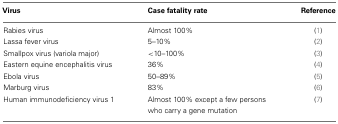
<table><thead><tr><td><b>Virus</b></td><td><b>Case fatality rate</b></td><td><b>Reference</b></td></tr></thead><tbody><tr><td>Rabies virus</td><td>Almost 100%</td><td>(1)</td></tr><tr><td>Lassa fever virus</td><td>5–10%</td><td>(2)</td></tr><tr><td>Smallpox virus (variola major)</td><td>&lt;10–100%</td><td>(3)</td></tr><tr><td>Eastern equine encephalitis virus</td><td>36%</td><td>(4)</td></tr><tr><td>Ebola virus</td><td>50–89%</td><td>(5)</td></tr><tr><td>Marburg virus</td><td>83%</td><td>(6)</td></tr><tr><td>Human immunodeficiency virus 1</td><td>Almost 100% except a few persons who carry a gene mutation</td><td>(7)</td></tr></tbody></table>